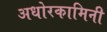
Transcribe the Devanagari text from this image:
अधोरकामिनी